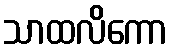
သာထလိကော